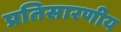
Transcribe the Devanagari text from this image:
प्रतिसारणीय